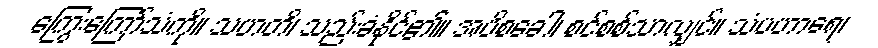
ကြွေးကြော်သံကို။ သဟတိ၊ သည်းခံနိုင်၏။ အပိစခေါ၊ စင်စစ်သာလျှင်။ သံပဟာရေ၊